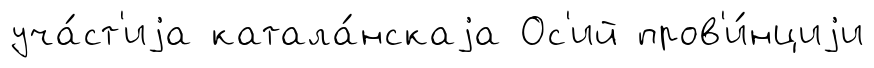
уча́ст'иjа катала́нскаjа Ос'ий пров'и́нциjи